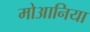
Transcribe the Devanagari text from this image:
मोआनिया